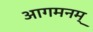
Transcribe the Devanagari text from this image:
आगमनम्